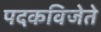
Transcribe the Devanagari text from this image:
पदकविजेते